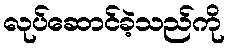
လုပ်ဆောင်ခဲ့သည်ကို